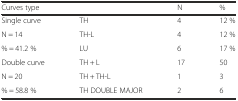
<table><thead><tr><td><b>Curves type</b></td><td></td><td><b>N</b></td><td><b>%</b></td></tr></thead><tbody><tr><td>Single curve</td><td>TH</td><td>4</td><td>12 %</td></tr><tr><td>N = 14</td><td>TH-L</td><td>4</td><td>12 %</td></tr><tr><td>% = 41.2 %</td><td>LU</td><td>6</td><td>17 %</td></tr><tr><td>Double curve</td><td>TH + L</td><td>17</td><td>50</td></tr><tr><td>N = 20</td><td>TH + TH-L</td><td>1</td><td>3</td></tr><tr><td>% = 58.8 %</td><td>TH DOUBLE MAJOR</td><td>2</td><td>6</td></tr></tbody></table>